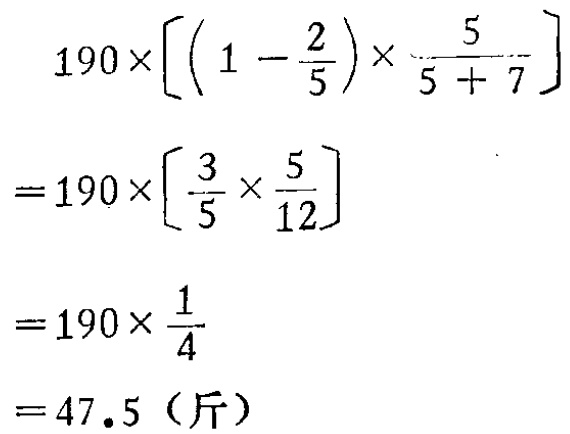
\[
\begin{align*}
&190\times\left[\left(1 - \frac{2}{5}\right)\times\frac{5}{5 + 7}\right]\\
=&190\times\left[\frac{3}{5}\times\frac{5}{12}\right]\\
=&190\times\frac{1}{4}\\
=&47.5（\text{斤}）
\end{align*}
\]